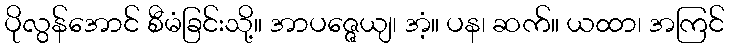
ပိုလွန်အောင် စီမံခြင်းသို့။ အာပဇ္ဇေယျ၊ အံ့။ ပန၊ ဆက်။ ယထာ၊ အကြင်